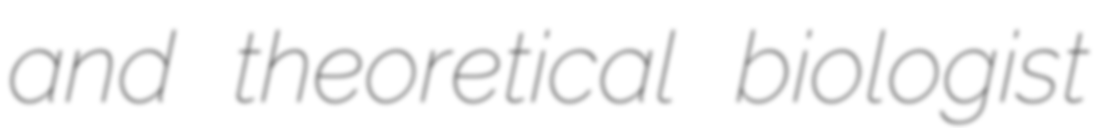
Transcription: and theoretical biologist